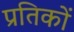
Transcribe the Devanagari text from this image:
प्रतिकों